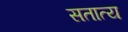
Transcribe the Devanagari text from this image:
सतात्य